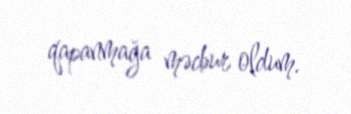
qapanmağa məcbur oldum.